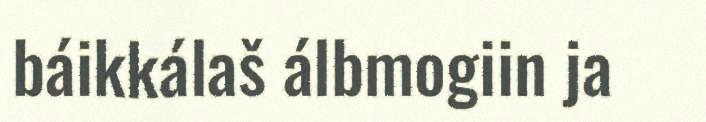
báikkálaš álbmogiin ja